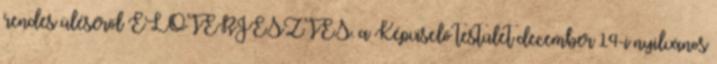
rendes üléséről ELŐTERJESZTÉS. a Képviselő testület december 14-i nyilvános